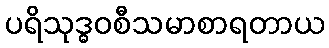
ပရိသုဒ္ဓဝစီသမာစာရတာယ